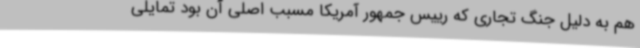
هم به دلیل جنگ تجاری که رییس جمهور آمریکا مسبب اصلی آن بود تمایلی